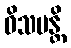
ဝိသမန္တိ